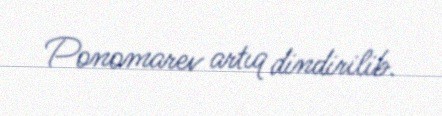
Ponomarev artıq dindirilib.